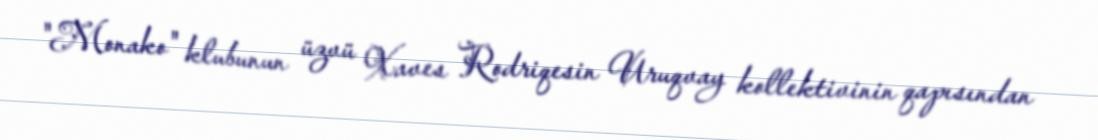
"Monako" klubunun üzvü Xaves Rodriqesin Uruqvay kollektivinin qapısından